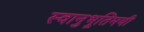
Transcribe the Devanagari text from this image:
स्वानुभूतिमयी